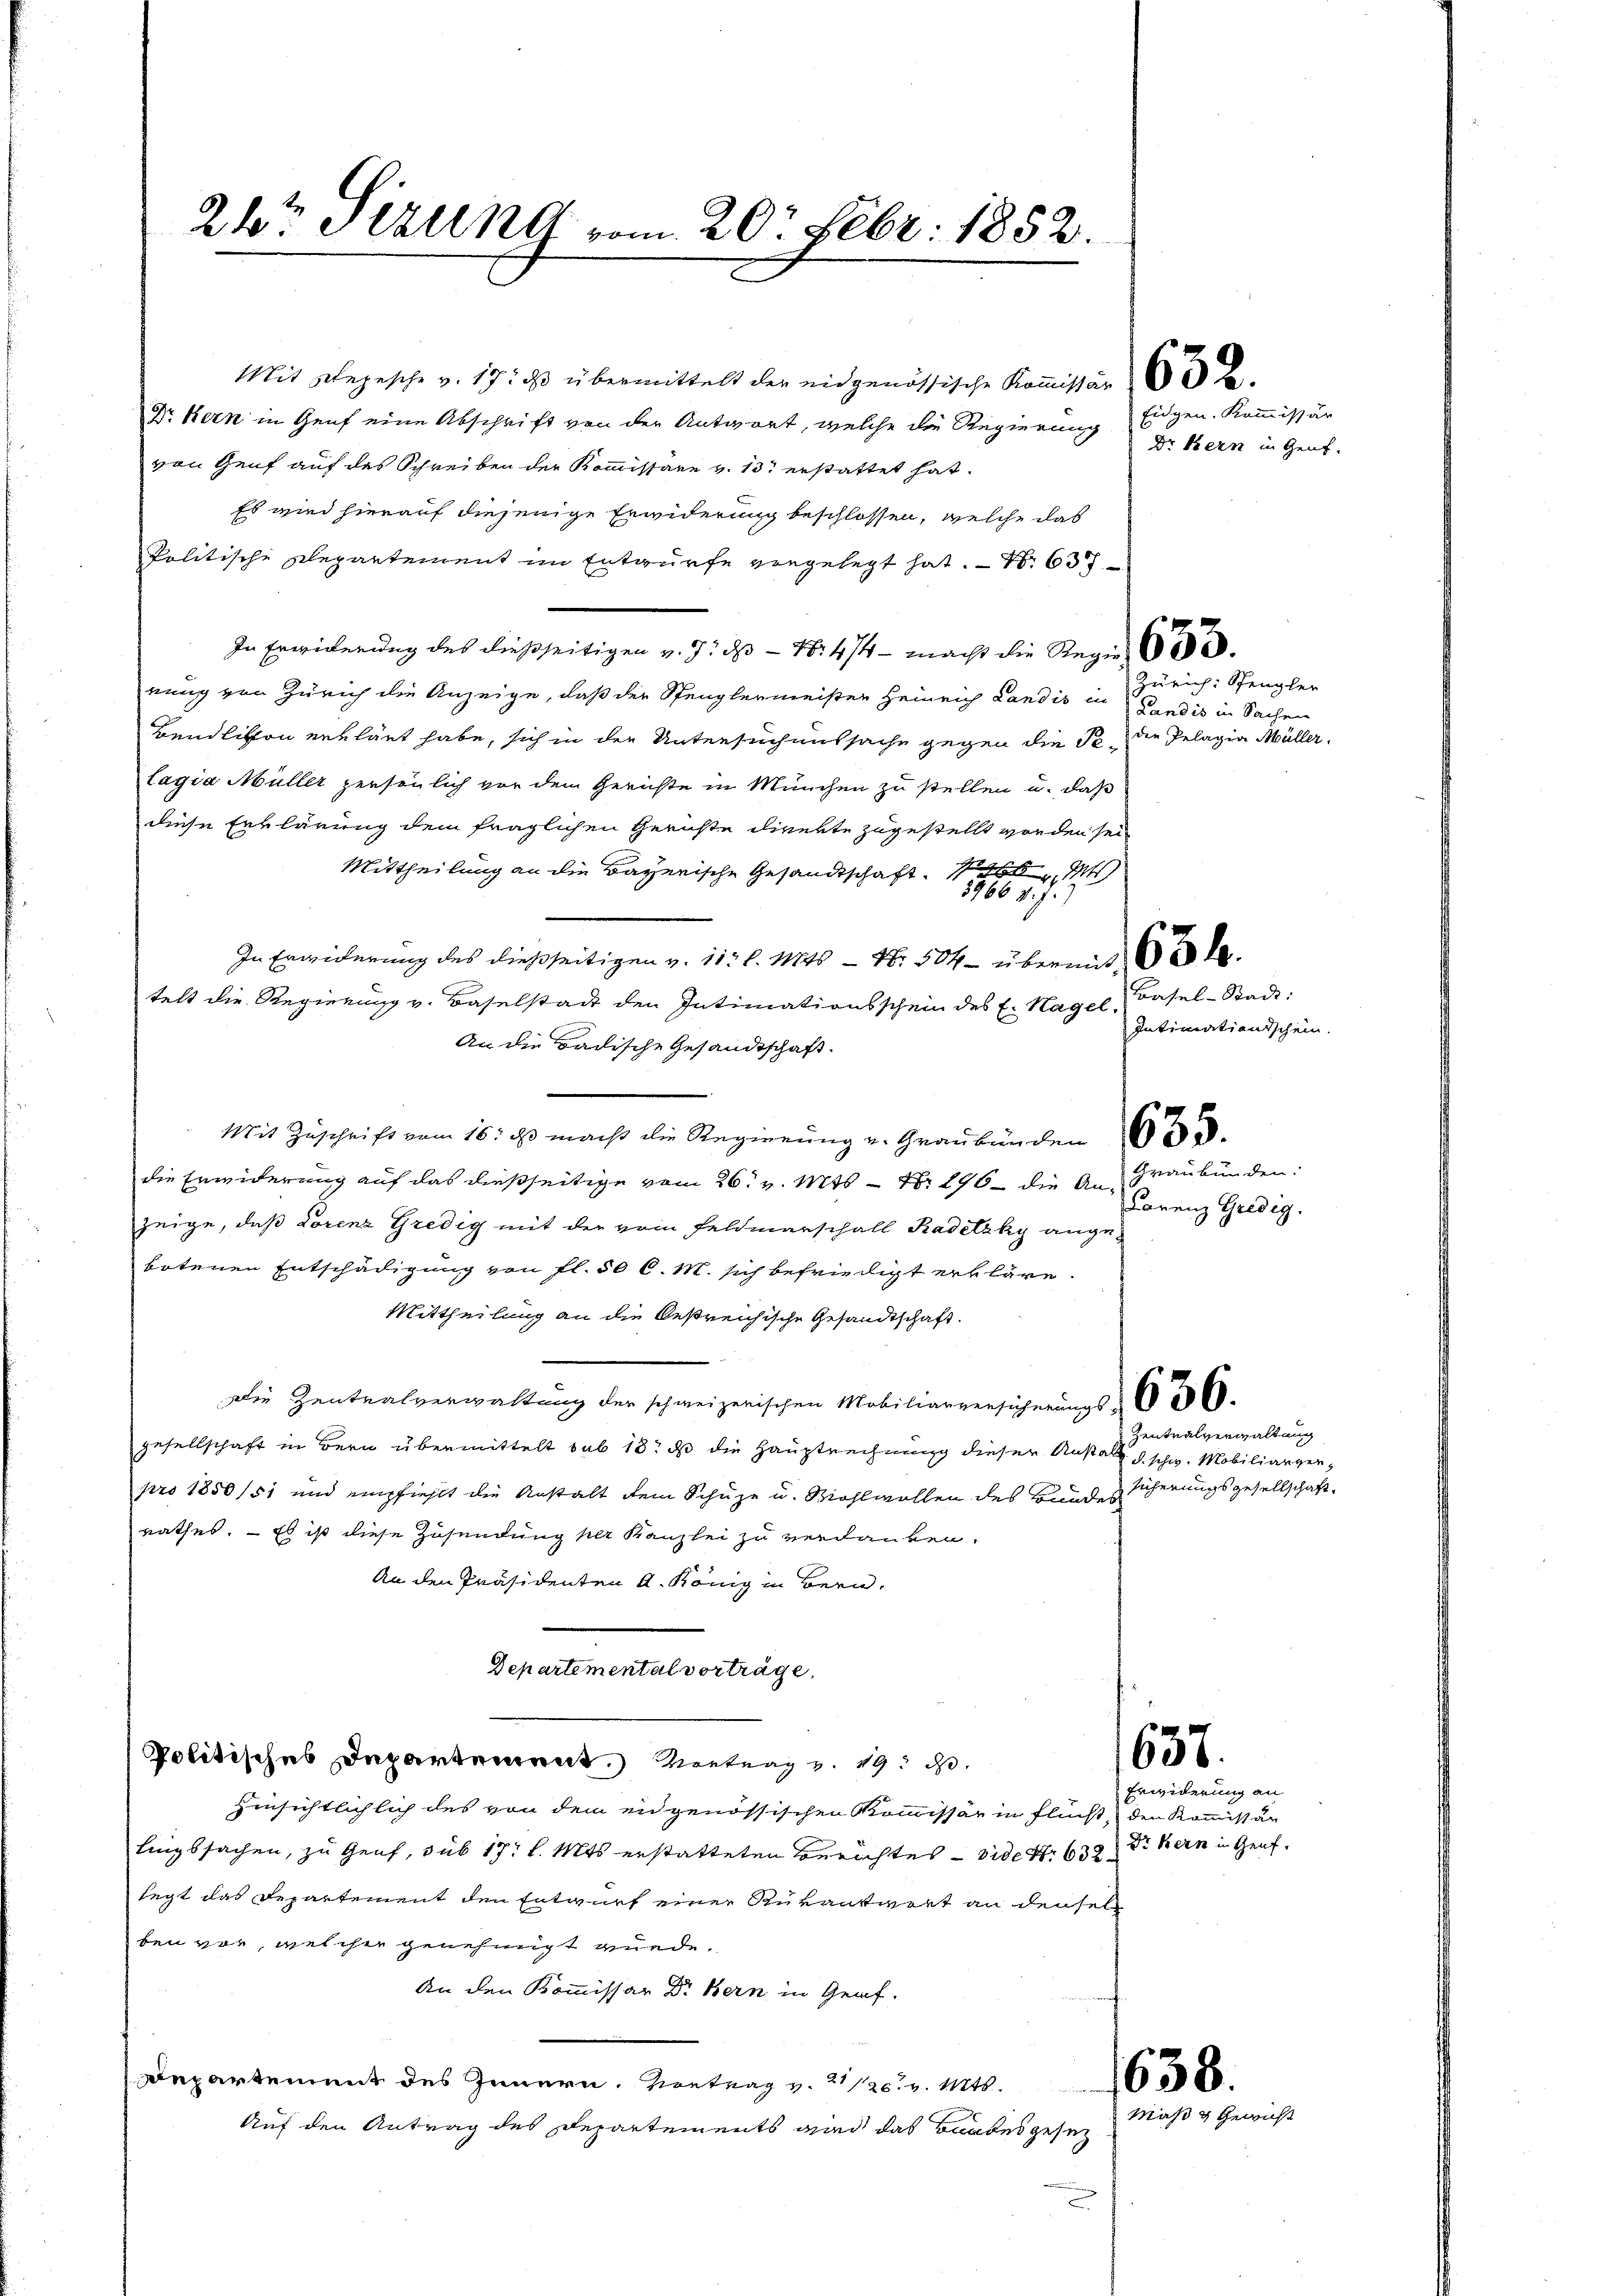
24. Statt 19 vom 20t Febr. 1852.

Mit Depesche v. 17. ds übermittelt der eidgenössische Koṁissär 3 .
Dr Kern in Graf eine Abschrift von der Antwort, welche die Regierung Eidgen. Kommissär
von Genf auf des Schreiben der Kommissäre v. 13 erstattet hat.
Es wird hierauf diejenige Erwiderung beschlossen, welche das
Politische Repartement im Entwürfe vorgelegt hat. – Nr 637
In Erwiderung des dießseitigen v. 9. ds. — Nr 4/4 - macht die Regier
rung von Zürich die Anzeige, daß der Spenglermeister Heinrich Landis in Bandis in Sachen
Bendlikon erklärt habe, sich in der Untersuchenssache gegen die Pe. Die Pelagia Müller,
lagia Müller persönlich vor dem Gerichte in München zu stellen u. daß
diese Erklärung dem fraglichen Gerichte direkte zugestellt worden sei
Mittheilung an die Bayerische Gesandtschaft. M
8966 v. J.)
In Erwiderung des dießseitigen v. 11. l. Mts. — Nr. 504 — übermit de
telt die Regierung v. Baselstadt den Intimationsschein des E. Hagel, Basel-Stadt:
An die Badische Gesandtschaft.
Mit Zuschrift vom 16. ds macht die Regierung u. Graubünden
die Erwiderung auf das dießseitige vom 26. v. Mts. – N. 296 - die An- Graubünden:
zeige, daß Lorenz Gredig mit der vom Feldmarschall Kadetzky ange-
botenen Entschädigung von fl. 50 C. M. sich befriedigt erkläre.
Mittheilung an die Oestreichische Gesandtschaft.
Die Zentralverwaltung der schweizerischen Mobiliarversicherungs - 656.
gesellschaft in Bern übermittelt sub 18. ds die Hauptrechnung dieser Anstalt d. schw. Mobiliarverpro 1850/51 und empfiehlt die Anstalt dem Schüze u. Wohlwollen des Hund sicherungsgesellschaftrathes. — Es ist diese Zusendung per Kanzlei zu verdanken.
An den Präsidenten A. König in Bern,
Departemental vorträge.
657.
Politisches Departement. Vortrag v. 19. d.
hinsichtlichlich des von dem ei genössischen Kommissär in Flucht den Kommissär
lingssachen, zu Genf, sub 17 l. Mts. erstatteten Berichtes — vide Nr. 632 der Bern in Genf.
legt das Departement den Entwurf einer Rükantwort an densel
ben vor, welcher genehmigt würde.
An den Kommissar Dr. Bern in Genf.
Departement des Innern. Kontrag v. 21/2. v. Mts.
Auf den Antrag des Departements wird das Bundesgesez

Dr. Bern in Genf.

Zürich: Spengler

Intimationsschein.

Carenz Gredig.

Zentralverwaltung

Erwiderung an

658.
Maß & bei

richt